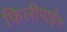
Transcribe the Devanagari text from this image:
फिलीपाईन